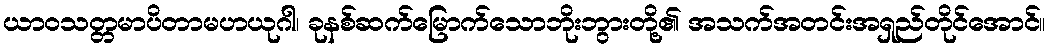
ယာဝသတ္တမာပိတာမဟယုဂါ၊ ခုနစ်ဆက်မြောက်သောဘိုးဘွားတို့၏ အသက်အတင်းအရှည်တိုင်အောင်။